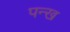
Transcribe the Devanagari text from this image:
पन्ख